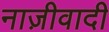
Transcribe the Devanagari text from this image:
नाज़ीवादी